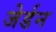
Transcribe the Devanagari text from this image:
जेर्डन